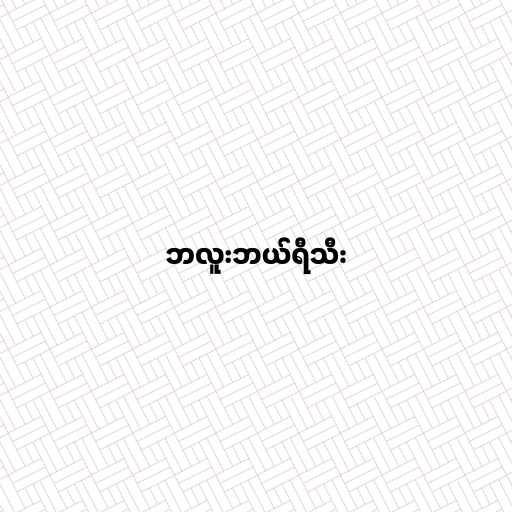
ဘလူးဘယ်ရီသီး